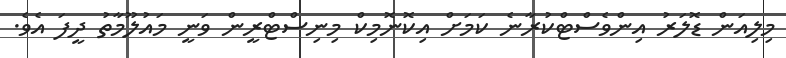
މިލިއަން ޑޮލަރު އިންވެސްޓްކުރާނެ ކަމަށް އިކޮނޮމިކް މިނިސްޓްރީން ވަނީ މައުލޫމާތު ދީފަ އެވެ.